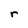
Character: r